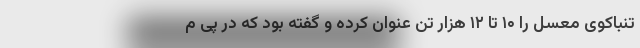
تنباکوی معسل را ۱۰ تا ۱۲ هزار تن عنوان کرده و گفته بود که در پی م